Vaccination North-Western Provinces and Oudh 1878-1895 - 1878-1895
Year: 1878
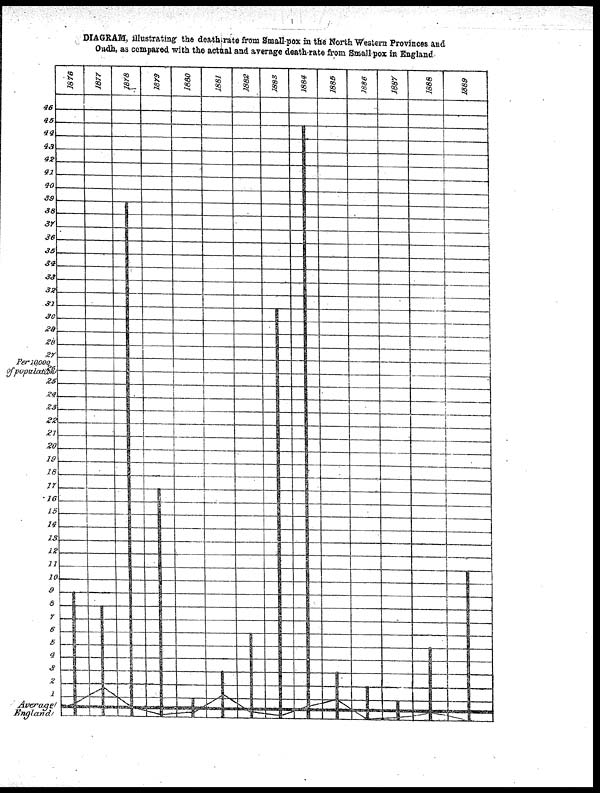
DIAGRAM, illustrating the death-rate from Small-pox in the North Western Provinces and
Oudh, as compared with the actual and average death-rate from Small-pox in England